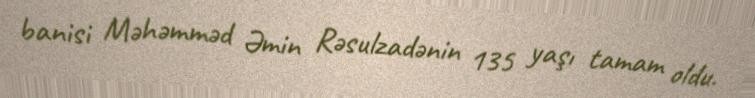
banisi Məhəmməd Əmin Rəsulzadənin 135 yaşı tamam oldu.